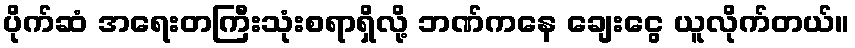
ပိုက်ဆံ အရေးတကြီးသုံးစရာရှိလို့ ဘဏ်ကနေ ချေးငွေ ယူလိုက်တယ်။